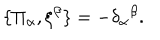
LaTeX: \{ \Pi _ { \alpha } , \xi ^ { \beta } \} = - \delta _ { \alpha } \hspace { 0 . 1 m m } ^ { \beta } .